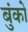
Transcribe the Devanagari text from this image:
बुंको